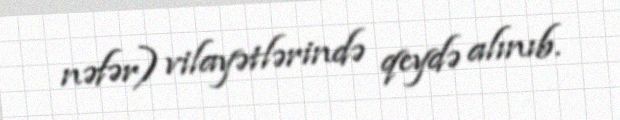
nəfər) vilayətlərində qeydə alınıb.